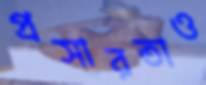
প্রসারতাও